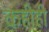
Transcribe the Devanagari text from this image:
कहीही